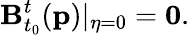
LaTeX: \mathbf{B}_{t_{0}}^{t}(\mathbf{p})\vert_{\eta=0}=\mathbf{0}.